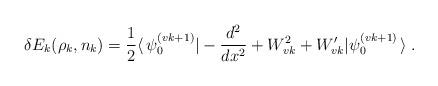
LaTeX: \begin{align*}\delta E_k (\rho_k,n_k) = \frac{1}{2} \langle \, \psi_{0}^{(vk+1)} | -\frac{d^2}{dx^2} + W^2_{vk} + W'_{vk} | \psi_{0}^{(vk+1)} \, \rangle \>.\end{align*}